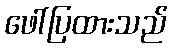
ဖေါ်ပြထားသည်